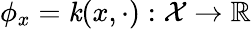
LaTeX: \phi_{x}=\mathit{k}(x,\cdot):\mathcal{{X}}\to\mathbb{{R}}